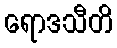
ရောဒသီတိ